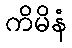
ကိမိနံ